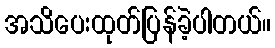
အသိပေးထုတ်ပြန်ခဲ့ပါတယ်။